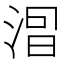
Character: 𣷤